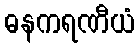
ဓနကရဏီယံ